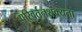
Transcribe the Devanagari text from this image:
परिवर्तनशक्यता